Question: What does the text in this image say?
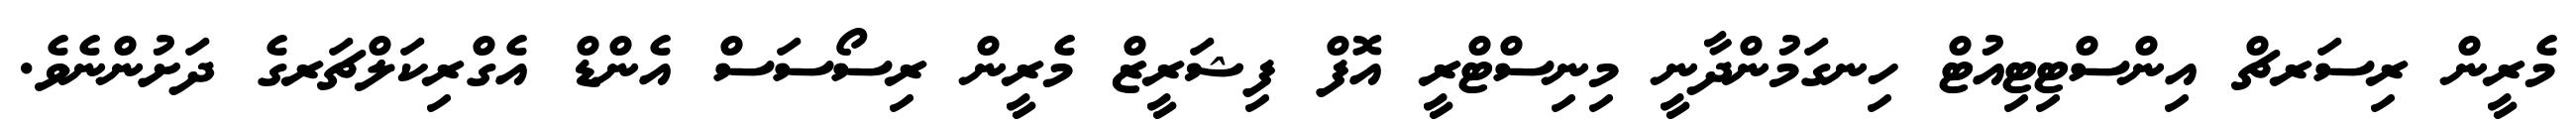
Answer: މެރީން ރިސަރޗް އިންސްޓިޓިއުޓް ހިނގަމުންދާނީ މިނިސްޓްރީ އޮފް ފިޝަރީޒް މެރީން ރިސޯސަސް އެންޑް އެގްރިކަލްޗަރގެ ދަށުންނެވެ.